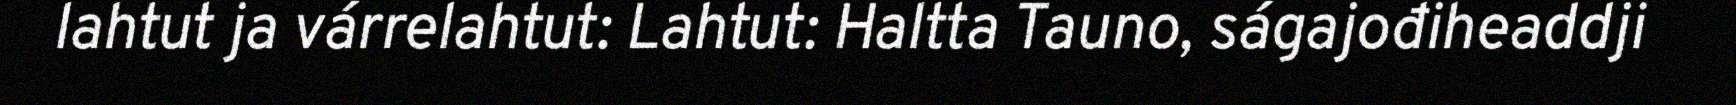
lahtut ja várrelahtut: Lahtut: Haltta Tauno, ságajođiheaddji